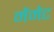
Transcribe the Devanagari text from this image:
मेंमेट